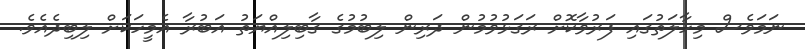
ނަމަވެސް މިހާލަތުގައި ފަރުވާކޮށް ރަގަޅުވުމުން ދަރިން ލިބުމުގެ ގާބިލިއްޔަތު އަބުރާ އެމީހަކަށް ލިބިދެއެވެ.